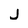
Character: j